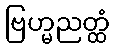
ဗြဟ္မညတ္ထံ